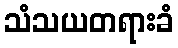
သံသယတရားခံ